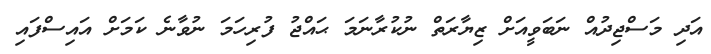
އަދި މަސްޖިދުއް ނަބަވީއަށް ޒިޔާރަތް ނުކުރާނަމަ ޙައްޖު ފުރިހަމަ ނުވާނެ ކަމަށް އައިސްފައި